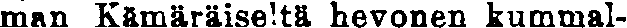
man Kämäräiseltä hevonen kummal-